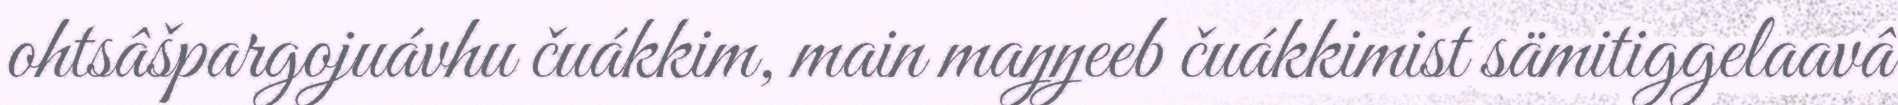
ohtsâšpargojuávhu čuákkim, main maŋŋeeb čuákkimist sämitiggelaavâ